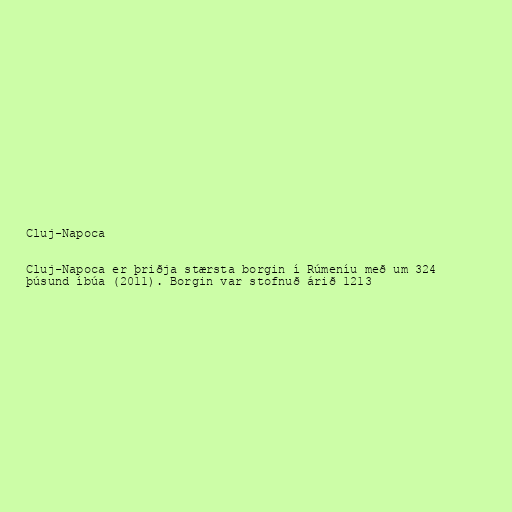
Cluj-Napoca

Cluj-Napoca er þriðja stærsta borgin í Rúmeníu með um 324
þúsund íbúa (2011). Borgin var stofnuð árið 1213